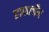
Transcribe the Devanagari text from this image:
हाफलॉँग